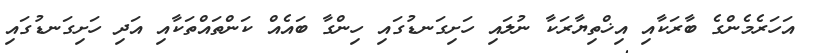
އަހަރެމެންގެ ބާރަކާއި އިޚްތިޔާރަކާ ނުލައި ހަށިގަނޑުގައި ހިންގާ ބައެއް ކަންތައްތަކާއި އަދި ހަށިގަނޑުގައި